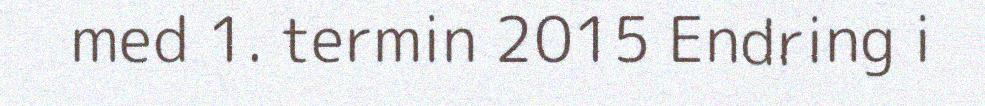
med 1. termin 2015 Endring i